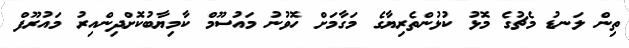
ތިން ލަނޑު މެޗުގެ މޮޅު ކުޅުންތެރިޔާގެ މަގާމަށް ހޮވުނު މައުސޫމް ކާމިޔާބުކޮށްދިންއިރު މައުރޫފް